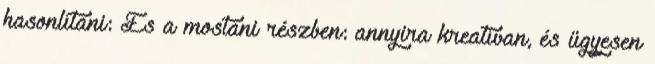
hasonlítani: És a mostani részben: annyira kreatívan, és ügyesen